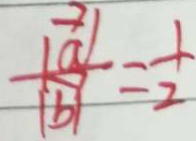
\frac { \vert \overrightarrow { a } \vert } { \vert \overrightarrow { b } \vert } = \frac { 1 } { 2 }